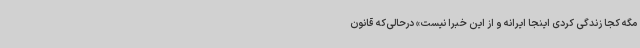
مگه کجا زندگی کردی اینجا ایرانه و از این خبرا نیست» درحالی‌که قانون